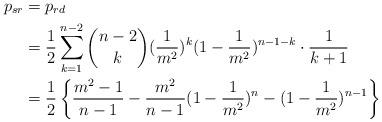
LaTeX: \begin{align*}p_{sr} & =p_{rd} \\ & =\frac{1}{2}\sum_{k=1}^{n-2}{\binom{n-2}{k} (\frac{1}{m^2})^k (1-\frac{1}{m^2})^{n-1-k} \cdot \frac{1}{k+1}} \\ & =\frac{1}{2}\left \{ \frac{m^2-1}{n-1}-\frac{m^2}{n-1} (1-\frac{1}{m^2})^n-(1-\frac{1}{m^2})^{n-1} \right \} \end{align*}